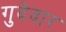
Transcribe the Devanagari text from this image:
गुदेदार